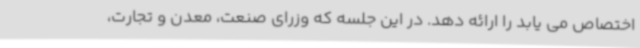
اختصاص می یابد را ارائه دهد. در این جلسه که وزرای صنعت، معدن و تجارت،